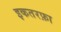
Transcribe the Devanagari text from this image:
इकतरफ़ा